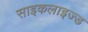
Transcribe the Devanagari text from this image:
साइकलाइज्ड